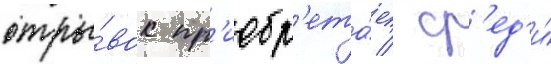
отры́вок пр'иобр'ета́ет / ср'ед'и́